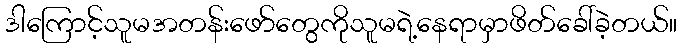
ဒါကြောင့်သူမအတန်းဖော်တွေကိုသူမရဲ့နေရာမှာဖိတ်ခေါ်ခဲ့တယ်။